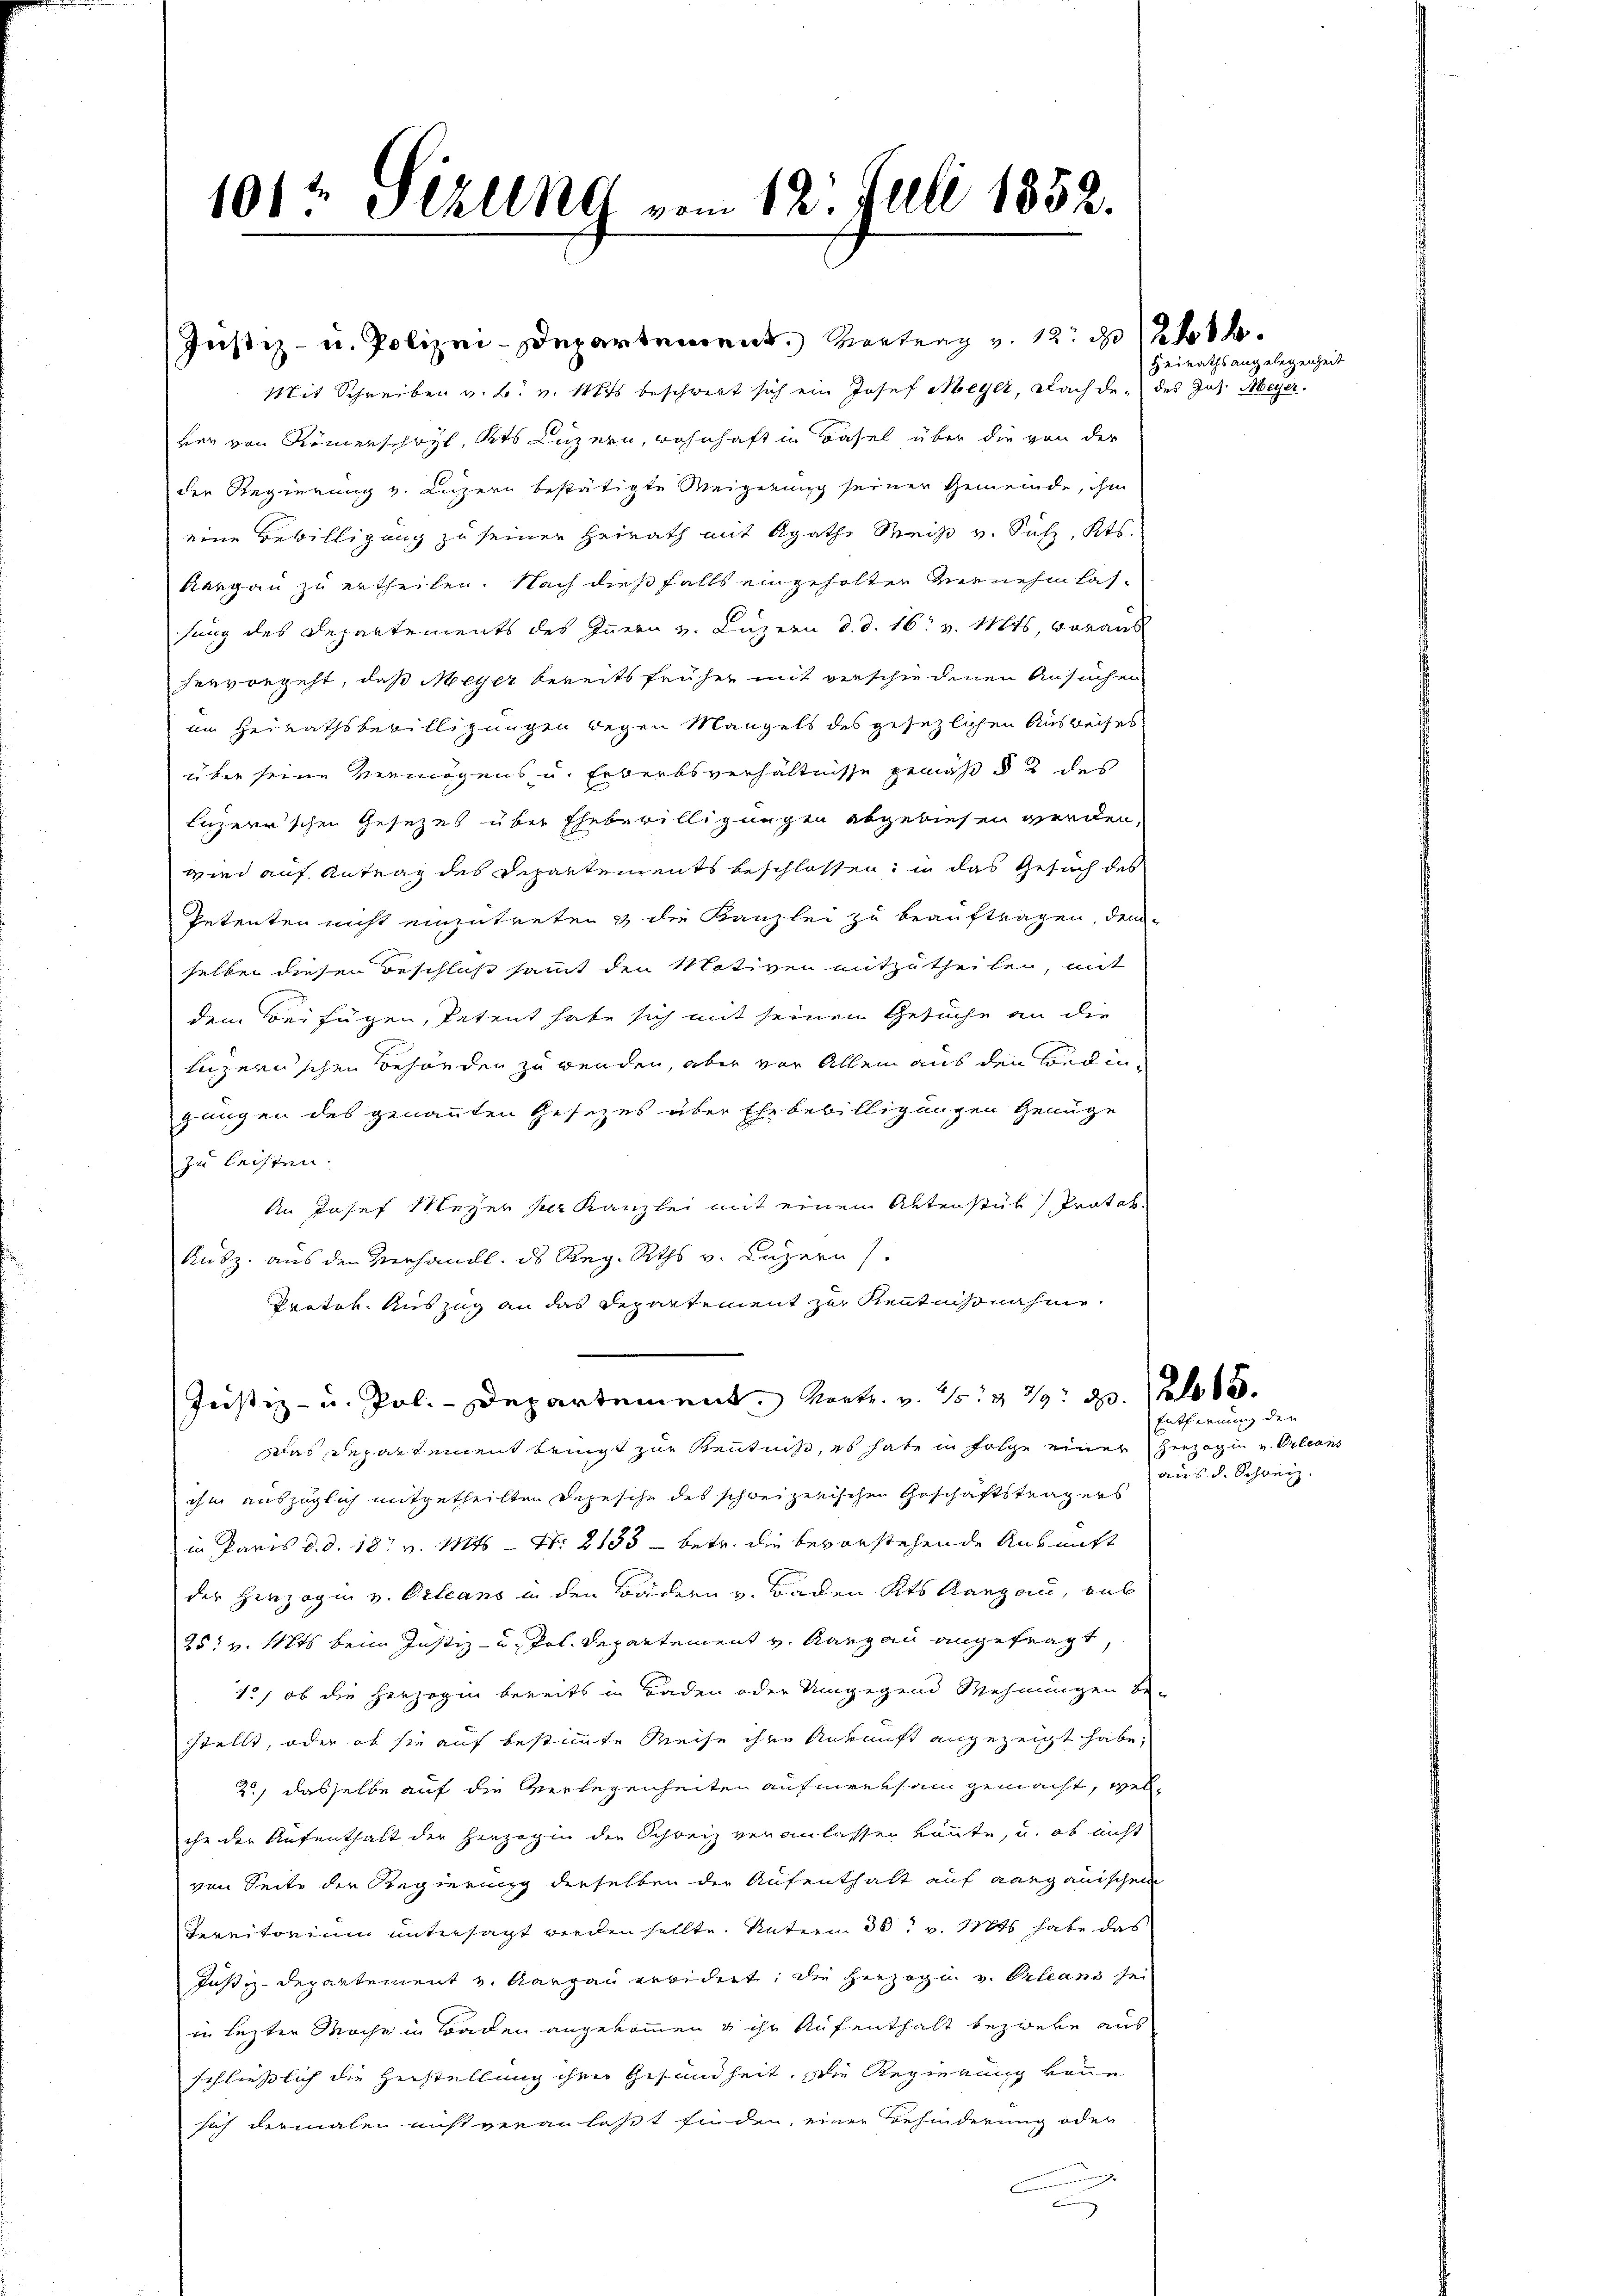
1012 Sitzung vom 12. Juli 1852.

Justiz- u. Polizei-Departement. Vortrag v. 12. d. 244.
Mit Schreiben v. B. v. Mts. beschwert sich ein Josef Meyer, nach den des Jos. Meyer.
ver von Römerschaft, des Luzern, wohnhaft in Basel über die von der

der Regierung v. Luzern bestätigte Weigerung seiner Gemeinde, ihm
eine Bewilligung zu seiner Heirath mit Agathe Weiß v. Sulz, Kts.
Aargau zu ertheilen. Nach dießfalls eingeholter Genehmlassung des Departements des Innern v. Luzern d. d. 16. v. Mts. voraus
hervorgeht, daß Meyer bereits früher mit verschiedenen Ansuchen
im Heirathsbewilligungen wegen Mangels des gesezlichen Ausreises
über seine Vermögens u. Erwerbsverhältnisse gemäß § 2 des
luzerrschen Gesezes über Ehebewilligungen abgewiesen werden,
wird auf Antrag des Departements beschlossen, in das Gesuch des
Petenten nicht einzutreten & die Kanzlei zu beauftragen, dem
selben diesen Beschluß sammt den Motiven mitzutheilen, mit
dem Beifügen, Petent habe sich mit seinem Gesuche an die
Luzernschen Behörden zu wenden, aber vor Allem aus den Bedingungen des genannten Gesezes über Ehe bewilligungen Genüge
zu leisten.
An Josef Meyer per Kanzlei mit einem Aktenstük Protok
Rusz. aus den Verhandl. ds Reg. Raths v. Luzern).
Pröter. Auszug an das Departement zur Kenntnisnahme
Justiz- u. Pol. - Departement Mart. v. 1879 d. 15.
ddas Departement beit zur Kenntniß, es habe in Folge einer Herzogin v. Orleans
ihm auszüglich mitgetheilten Depesche des schweizerischen Geschäftsträgers
in Paris d.d. 18. v. Mts. — Nr. 2133 - betr. die bevorstehende Ausmitt
der Herzogin v. Orleans in den Bädern v. Baden Kts. Aargau, Sub
25: v. Mts. beim Justiz- u. Pol. Departement v. Aargau angefragt,
1., ob die Herzogin bereits in Baden oder Umgegend Wehnungen be-
stellt, oder ob sie auf bestimmte Weise ihre Ankunft angezeigt habe,
2., dasselbe auf die Verlegenheiten aufmerksam gemacht, welche der Aufenthalt der Herzogin der Schweiz veranlassen könnte, u. ob nicht
von Seite der Regierung derselben der Aufenthalt auf aargauischen
Territorium untersagt werden sollte. Unterm 30. v. 110 habe das
Justiz-Departement u. Aargau erwidert, die Herzogin v. Orleans sei
in lezter Mache in Baden angekommen & ihr Aufenthalt bezwebe aus
schließlich die Herstellung ihre Gesundheit, die Regierung von
sich dermalen nicht veranlaßt finden, einer Behinderung oder
a

Heirathsangelegenheit

Entfernung der
aus d. Schweiz.